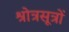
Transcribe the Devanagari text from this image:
श्रोत्रसूत्रों